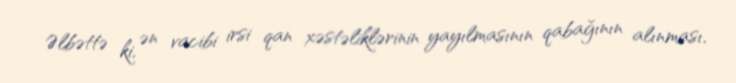
Əlbəttə ki, ən vacibi irsi qan xəstəliklərinin yayılmasının qabağının alınması,